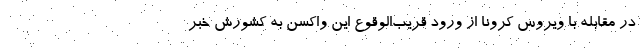
در مقابله با ویروس کرونا از ورود قریب‌الوقوع این واکسن به کشورش خبر